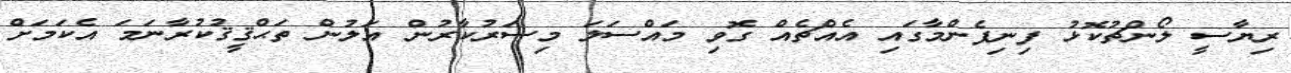
ރިޔާސީ ލޯންޗުކޮޅު ފިނިފެންމާގައި އެއްޗެއް ގޮވި މައްސަލަ މިސަރުކާރުން އަލުން ތަޙްޤީޤުކުރާނަމަ އެކަމަށް